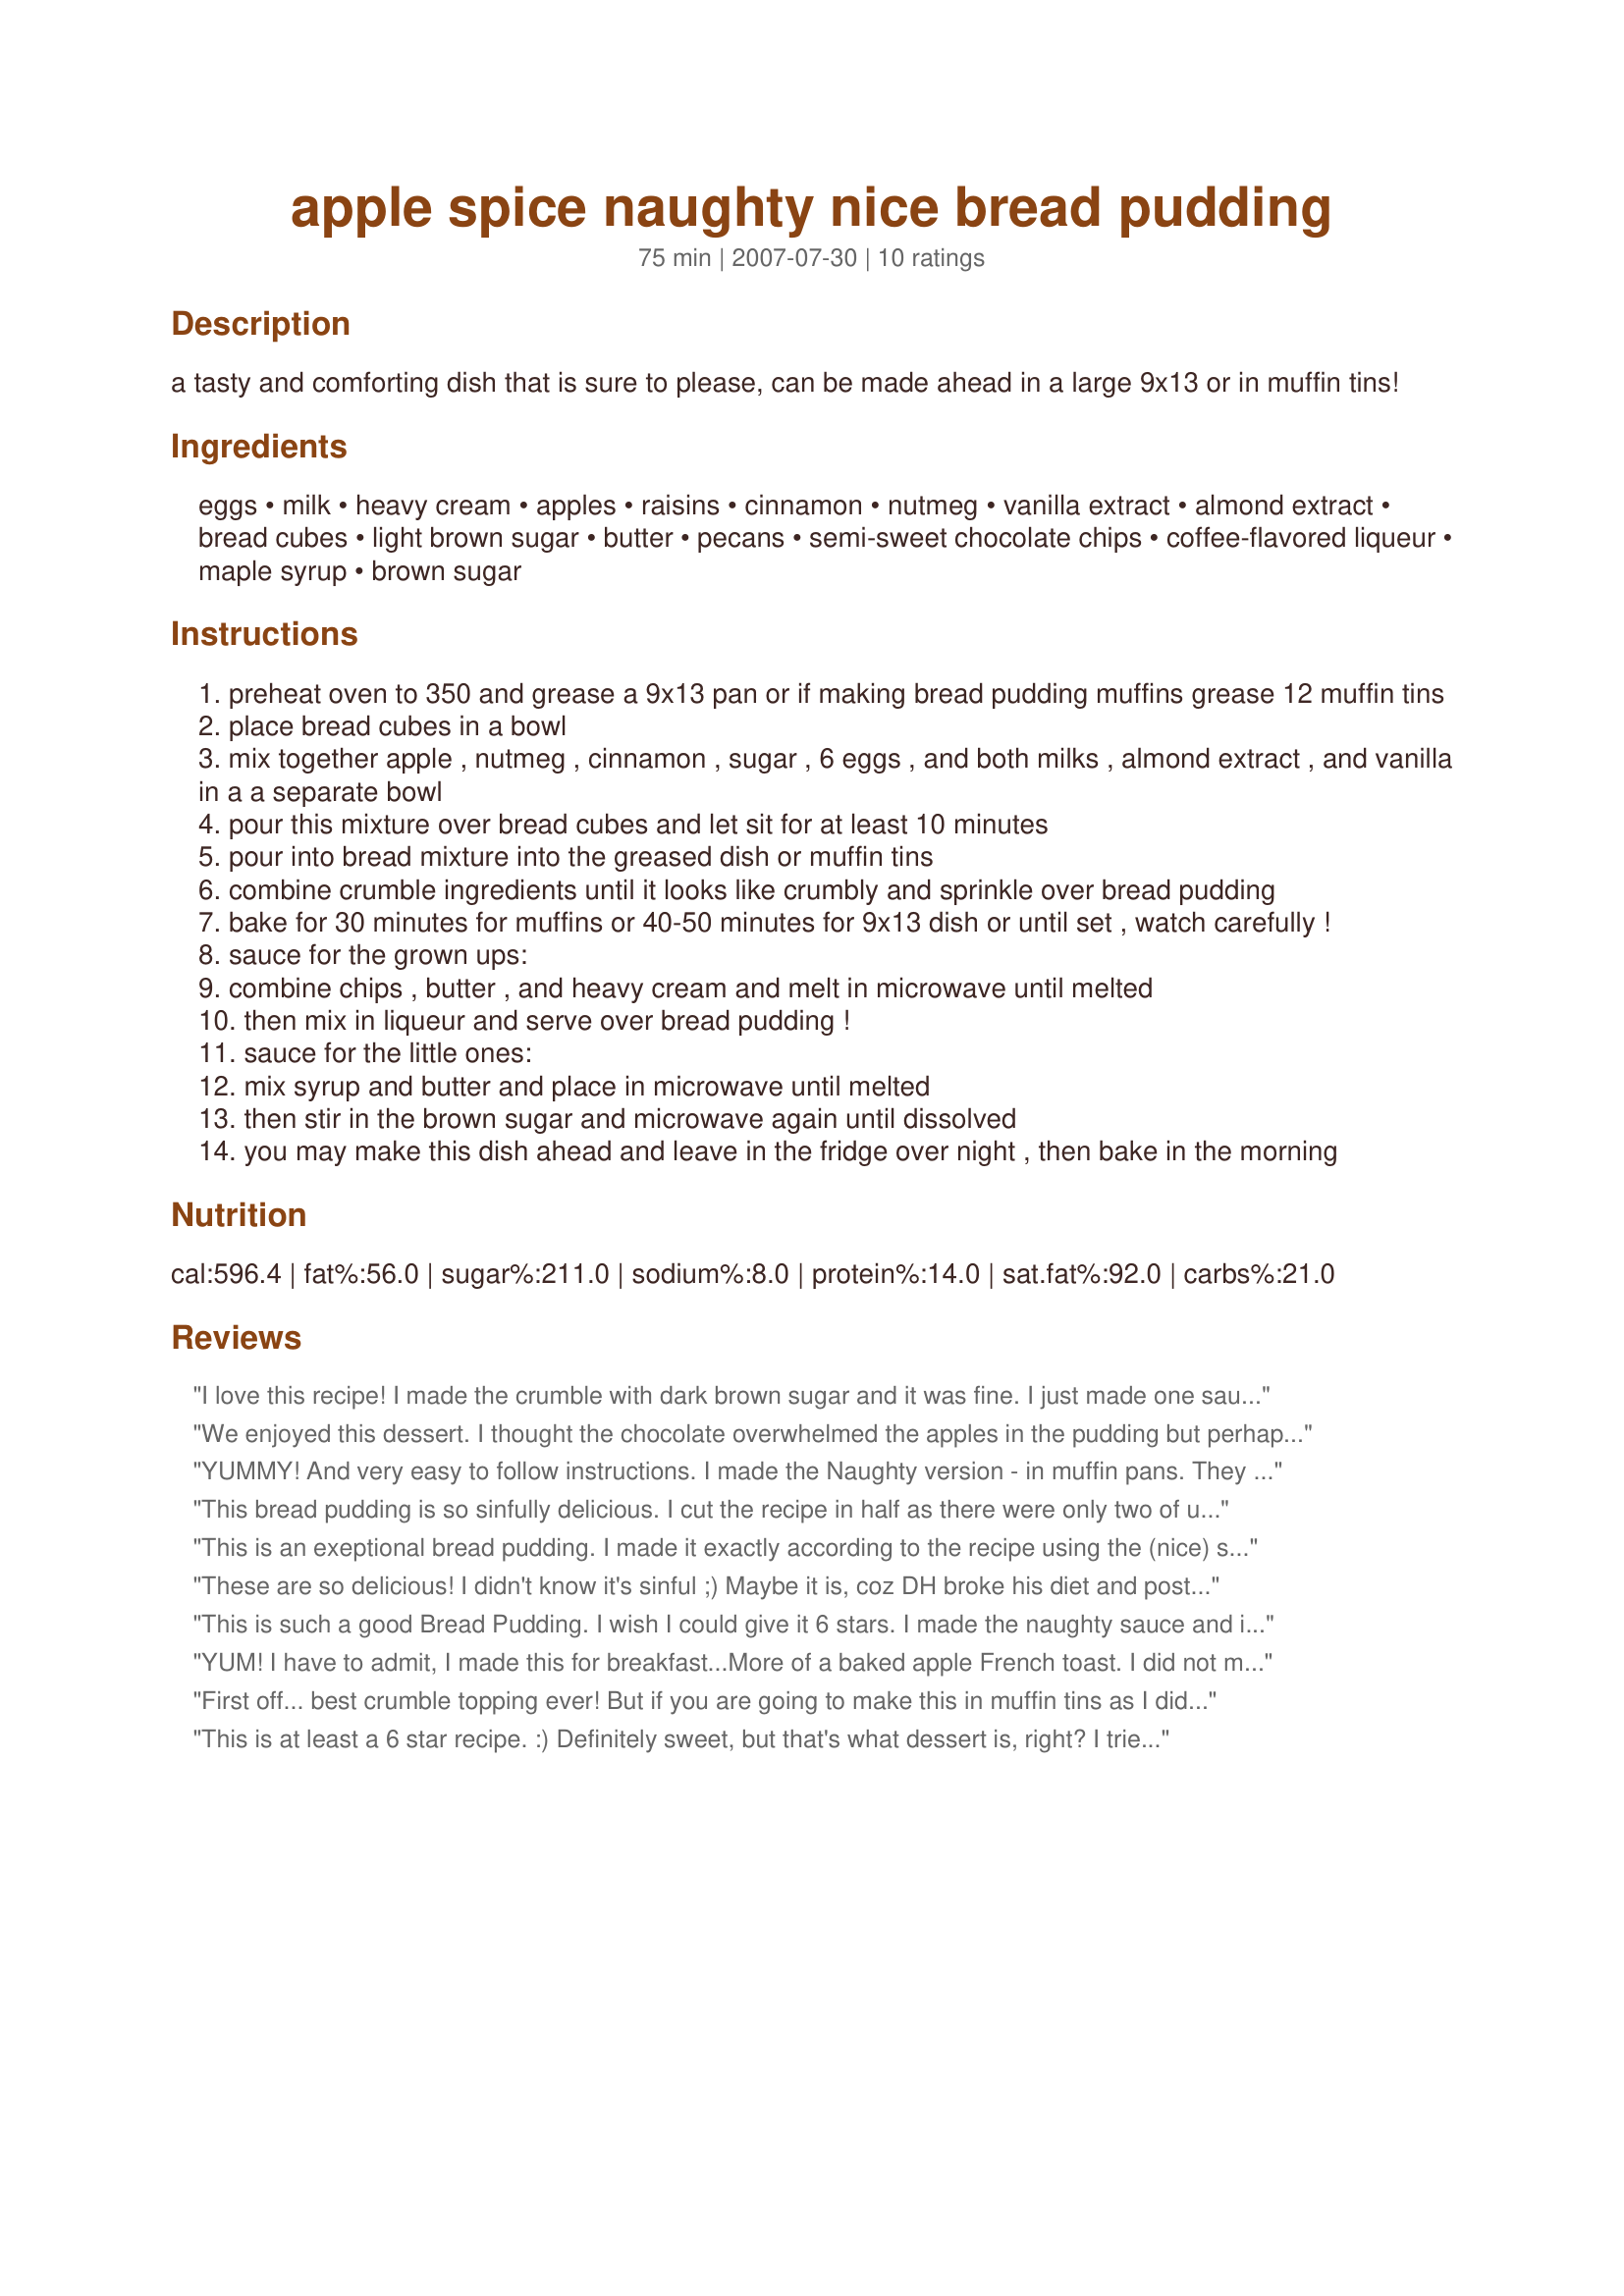
apple spice naughty nice bread pudding
Preparation time: 75 minutes

a tasty and comforting dish that is sure to please, can be made ahead in a large 9x13 or in muffin tins!

Ingredients:
eggs, milk, heavy cream, apples, raisins, cinnamon, nutmeg, vanilla extract, almond extract, bread cubes, light brown sugar, butter, pecans, semi-sweet chocolate chips, coffee-flavored liqueur, maple syrup, brown sugar

Steps:
preheat oven to 350 and grease a 9x13 pan or if making bread pudding muffins grease 12 muffin tins
place bread cubes in a bowl
mix together apple , nutmeg , cinnamon , sugar , 6 eggs , and both milks , almond extract , and vanilla in a a separate bowl
pour this mixture over bread cubes and let sit for at least 10 minutes
pour into bread mixture into the greased dish or muffin tins
combine crumble ingredients until it looks like crumbly and sprinkle over bread pudding
bake for 30 minutes for muffins or 40-50 minutes for 9x13 dish or until set , watch carefully !
sauce for the grown ups:
combine chips , butter , and heavy cream and melt in microwave until melted
then mix in liqueur and serve over bread pudding !
sauce for the little ones:
mix syrup and butter and place in microwave until melted
then stir in the brown sugar and microwave again until dissolved
you may make this dish ahead and leave in the fridge over night , then bake in the morning

Reviews:
I love this recipe! I made the crumble with dark brown sugar and it was fine. I just made one sauce, the chocolate sauce, substituted the coffee liqueur with instant coffee melted in hot water and it was delicious! T&#039;was a huge hit with my family and friends. Thanks! WIll surely make it again.
We enjoyed this dessert. I thought the chocolate overwhelmed the apples in the pudding but perhaps I had too much on my serving. I suggest going light on the chocolate, at least to start. I think I may have preferred the other sauce and will give that a try tomorrow. At any rate it was a lovely taste treat. Thank you for sharing your recipe. This was made for PRMR.
YUMMY! And very easy to follow instructions. I made the Naughty version - in muffin pans. They looked - and tasted - just so delicious. I used raisin bread and omitted the raisins as a separate ingredient, and I reduced the sugar by half and added an additional 1/4 cup of the pecans in the crumble. In the Naughty sauce, I used a good quality dark chocolate roughly chopped instead of the chocolate chips, so my guess that made mine even Naughtier! I also used low fat cream without compromising flavour; well, to our taste anyway. Loved the blend of flavours in the puddings themselves and loved the coffee liqueur in the sauce. Definitely a recipe I'll be making again. Thank you for sharing it, Anme. Made for PRMR.
This bread pudding is so sinfully delicious. I cut the recipe in half as there were only two of us here to eat it. My son helped me assemble it and from the time we put it in the oven, he kept saying "It looks so good, and it's not even cooked yet." I went to make the naughty sauce and discovered my chocolate chips had been opened and they were dry and powdery...unsuitable for anything, so I found an unopened bag of Hershey's Hugs. They worked really well. My son wanted the naughty sauce too so I made it without the liquer and poured some over his serving. I discovered that I was out of coffee liquer and ended up using Amaretto...all I can say is YUMMM! We will for sure be making this again. It was pretty sweet, even for someone with a sweet tooth like me. I think next time I will leave it as is and omit the sauce or toss some pecans in with the pudding and leave off the topping in favor of the sauce. Thanks for posting this incredible recipe Anme.
This is an exeptional bread pudding. I made it exactly according to the recipe using the (nice) sauce since we have underage ones here. It was a huge hit. Although Buddha and I felt it a tad too sweet, we're old. The kids on the other hand, well, no complaints of too sweet there. Thanks for sharing!
These are so delicious! I didn't know it's sinful ;) Maybe it is, coz DH broke his diet and postponed it for the next few days after seeing this temptation! They're very moist and the crumb pecan topping is justs so good! I halved the brown sugar in here after reading the reviews and didn't mix any sugar in the apple mixture too. That way I wouldn't feel guilty about eating these treats. I love the chocolate sauce and kept spooning it on top of the bread pudding every time I take a bite. :oops: As if the chocolate topping wasn't enough. LOL. I agree with the other reviewer that even without the sauce, this would still be great. At least we have options. Great way to use up leftover bread as we have a lot of those. This is a keeper in my book, thank you very much!
This is such a good Bread Pudding. I wish I could give it 6 stars. I made the naughty sauce and it's delicious.
YUM! I have to admit, I made this for breakfast...More of a baked apple French toast. I did not make any toppings, because....well, it WAS breakfast, and truthfully, it didn&#039;t need anything! SO GOOD!
First off... best crumble topping ever! But if you are going to make this in muffin tins as I did I HIGHLY recommend putting the tin on a baking sheet or you'll end up with burnt sugar and butter all over the bottom of your oven (like I did). I made the Nice sauce naughty by adding a splash of amaretto (I don't like coffee and thought the maple would go best with the recipe) and I heated it on the stove top, not in the microwave.
This is at least a 6 star recipe. :) Definitely sweet, but that's what dessert is, right? I tried it with the "nice" sauce (which I poured over the bread pudding as soon as it came out of the oven and let it sit for 15 minutes or so) which everyone loved... Then I told my hubby about the "naughty" sauce and he's ready for me to make this again. :) I used sourdough bread, which I think offset the sweetness of the topping and sauce perfectly (I did use 5 cups of bread cubes as I had a large crowd to feed and wanted to make sure it went around). We can't wait to have more company so we can make this again!
